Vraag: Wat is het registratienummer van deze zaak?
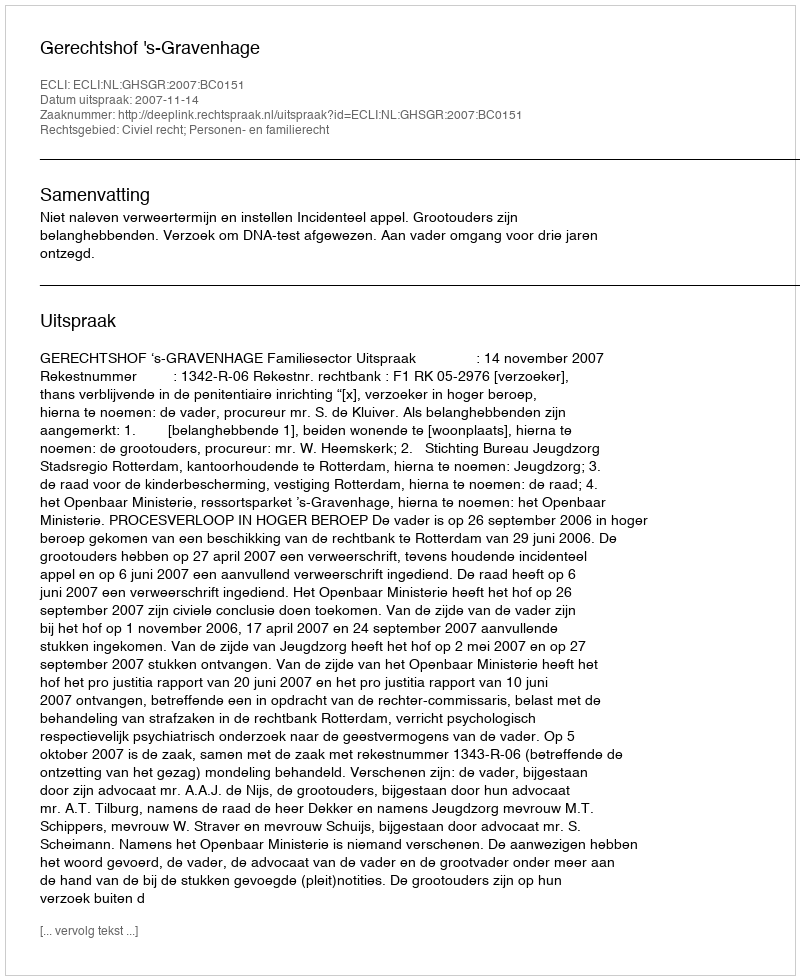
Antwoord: http://deeplink.rechtspraak.nl/uitspraak?id=ECLI:NL:GHSGR:2007:BC0151